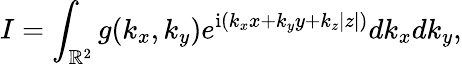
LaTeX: I=\int_{\mathbb{R}^{2}}g(k_{x},k_{y})e^{\mathrm{i}(k_{x}x+k_{y}y+k_{z}|z|)}dk_{x}dk_{y},